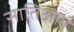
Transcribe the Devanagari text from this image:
सातिआन